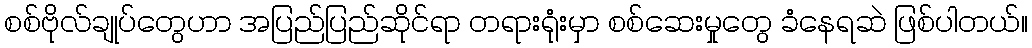
စစ်ဗိုလ်ချုပ်တွေဟာ အပြည်ပြည်ဆိုင်ရာ တရားရုံးမှာ စစ်ဆေးမှုတွေ ခံနေရဆဲ ဖြစ်ပါတယ်။